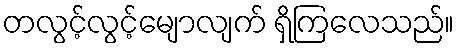
တလွင့်လွင့်မျောလျက် ရှိကြလေသည်။